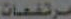
مرتفعات